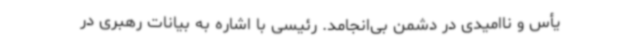
یأس و ناامیدی در دشمن بی‌انجامد. رئیسی با اشاره به بیانات رهبری در